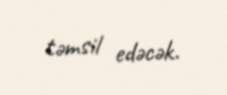
təmsil edəcək.